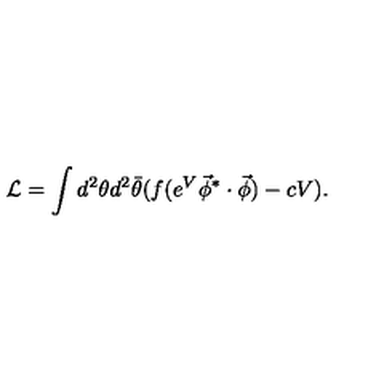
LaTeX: { \cal L } = \int d ^ { 2 } \theta d ^ { 2 } \bar { \theta } ( f ( e ^ { V } \vec { \phi } ^ { * } \cdot \vec { \phi } ) - c V ) .